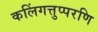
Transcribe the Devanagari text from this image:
कलिंगत्तुप्परणि